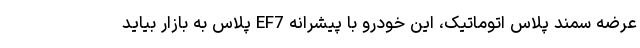
عرضه سمند پلاس اتوماتیک، این خودرو با پیشرانه EF7 پلاس به بازار بیاید